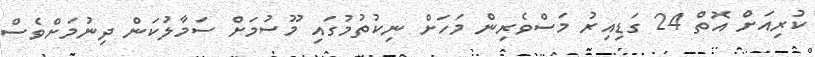
ކުރިއަށް އޮތް 24 ގަޑިއިރު މަސްވެރިން މަހަށް ނިކުތުމުގައި މޫސުމަށް ސަމާލުކަން ދިނުމަށްވެސް